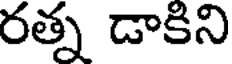
రత్న డాకిని